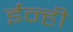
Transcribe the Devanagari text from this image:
ईन्ही